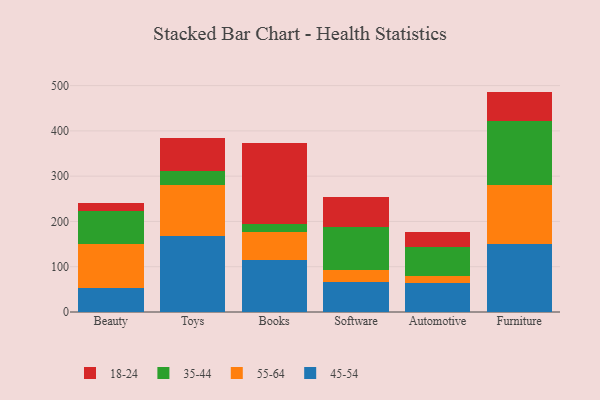
{"axis": {"x": "Category", "y": "Shipments"}, "legend": ["18-24", "35-44", "45-54", "55-64"], "data": [{"x": "Beauty", "y": 53.7, "type": "45-54"}, {"x": "Beauty", "y": 96.0, "type": "55-64"}, {"x": "Beauty", "y": 74.4, "type": "35-44"}, {"x": "Beauty", "y": 16.6, "type": "18-24"}, {"x": "Toys", "y": 167.5, "type": "45-54"}, {"x": "Toys", "y": 112.7, "type": "55-64"}, {"x": "Toys", "y": 31.7, "type": "35-44"}, {"x": "Toys", "y": 72.1, "type": "18-24"}, {"x": "Books", "y": 114.3, "type": "45-54"}, {"x": "Books", "y": 62.7, "type": "55-64"}, {"x": "Books", "y": 17.8, "type": "35-44"}, {"x": "Books", "y": 179.3, "type": "18-24"}, {"x": "Software", "y": 65.7, "type": "45-54"}, {"x": "Software", "y": 27.1, "type": "55-64"}, {"x": "Software", "y": 95.9, "type": "35-44"}, {"x": "Software", "y": 65.6, "type": "18-24"}, {"x": "Automotive", "y": 64.4, "type": "45-54"}, {"x": "Automotive", "y": 15.7, "type": "55-64"}, {"x": "Automotive", "y": 63.7, "type": "35-44"}, {"x": "Automotive", "y": 32.7, "type": "18-24"}, {"x": "Furniture", "y": 150.3, "type": "45-54"}, {"x": "Furniture", "y": 129.6, "type": "55-64"}, {"x": "Furniture", "y": 142.3, "type": "35-44"}, {"x": "Furniture", "y": 64.6, "type": "18-24"}]}